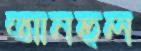
আনহুল